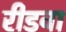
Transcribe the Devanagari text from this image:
रीडवा